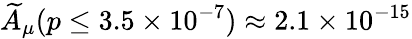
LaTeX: \widetilde{A}_{\mu}(p\leq 3.5\times 10^{-7})\approx 2.1\times 10^{-15}